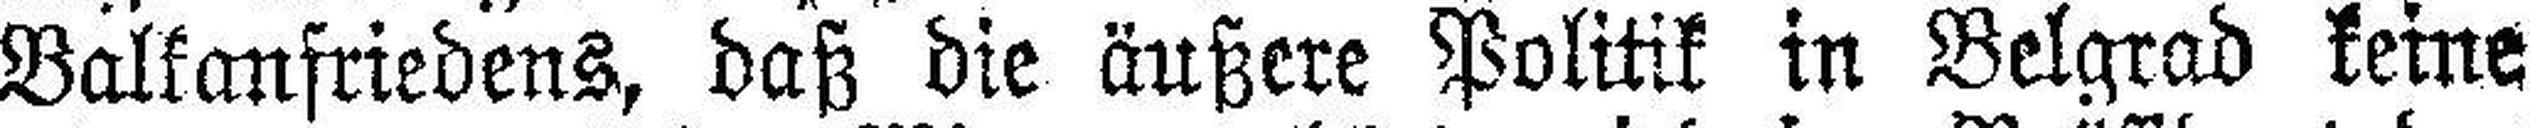
Balkanfriedens, daß die äußere Politik in Belgrad keine